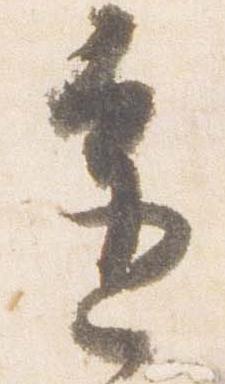
進